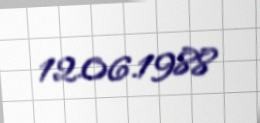
12.06.1988